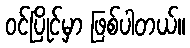
ဝင်ပြိုင်မှာ ဖြစ်ပါတယ်။